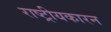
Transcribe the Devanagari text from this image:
राष्ट्रीयकारन